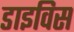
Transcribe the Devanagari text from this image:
डाइविस